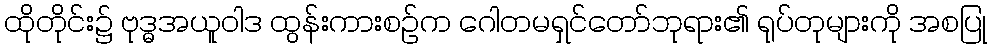
ထိုတိုင်း၌ ဗုဒ္ဓအယူဝါဒ ထွန်းကားစဉ်က ဂေါတမရှင်တော်ဘုရား၏ ရုပ်တုများကို အစပြု